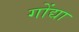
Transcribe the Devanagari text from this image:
गोंद्या